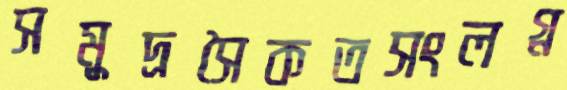
সমুদ্রসৈকতসংলগ্ন